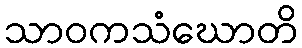
သာဝကသံဃောတိ